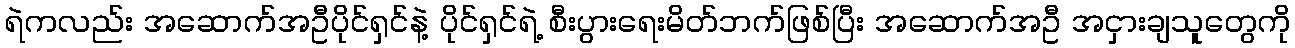
ရဲကလည်း အဆောက်အဦပိုင်ရှင်နဲ့ ပိုင်ရှင်ရဲ့ စီးပွားရေးမိတ်ဘက်ဖြစ်ပြီး အဆောက်အဦ အငှားချသူတွေကို